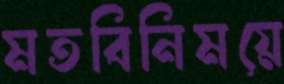
মতবিনিময়ে